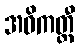
အဝိကတ္ထီ